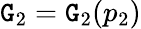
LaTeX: \mathtt{G}_{2}=\mathtt{G}_{2}(p_{2})